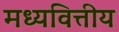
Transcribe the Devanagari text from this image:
मध्यवित्तीय